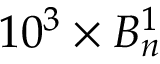
1 0 ^ { 3 } \times B _ { n } ^ { 1 }